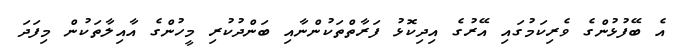
އެ ބޭފުޅުންގެ ވެރިކަމުގައި އޭރުގެ އިދިކޮޅު ފަރާތްތަކުންނާއި ބަންދުކުރި މީހުންގެ އާއިލާތަކުން މިފަދަ